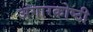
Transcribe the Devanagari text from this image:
अंगारकोष्ठी